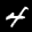
Label: 4